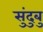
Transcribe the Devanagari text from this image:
सुंदुबु